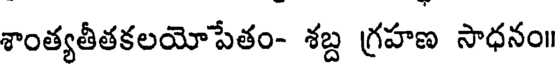
శాంత్యతీతకలయోపేతం- శబ్ద గ్రహణ సాధనం।